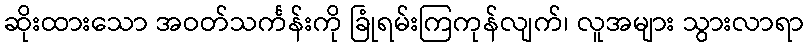
ဆိုးထားသော အဝတ်သင်္ကန်းကို ခြုံရမ်းကြကုန်လျက်၊ လူအများ သွားလာရာ